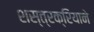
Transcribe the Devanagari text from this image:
शस्त्रक्रियाने